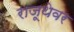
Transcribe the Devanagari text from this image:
राजूथेवर